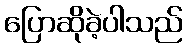
ပြောဆိုခဲ့ပါသည်